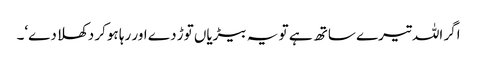
اگر اللہ تیرے ساتھ ہے تو یہ بیڑیاں توڑ دے اور رہا ہوکر دکھلا دے‘۔